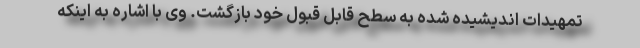
تمهیدات اندیشیده شده به سطح قابل قبول خود بازگشت. وی با اشاره به اینکه